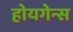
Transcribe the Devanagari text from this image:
होयगेन्स